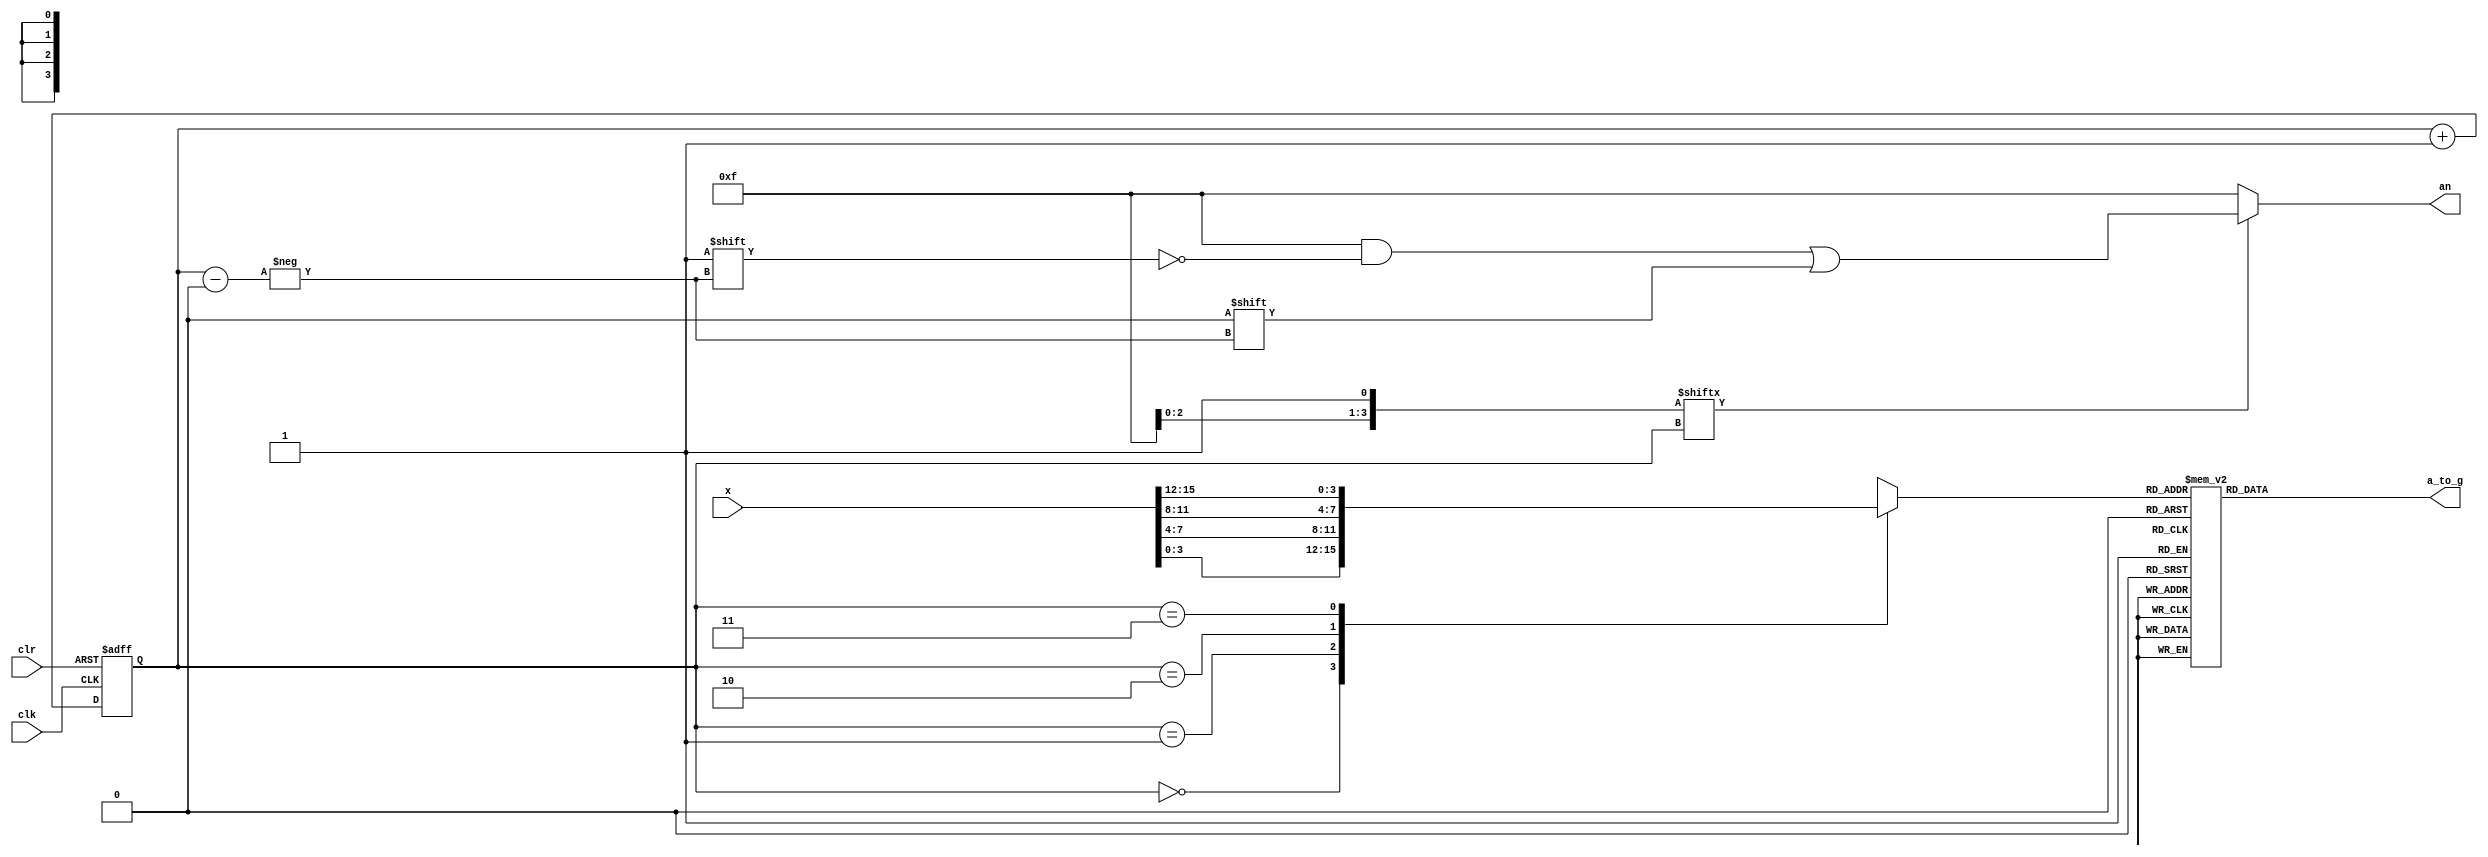
`timescale 1ns / 1ps
//////////////////////////////////////////////////////////////////////////////////
// Company: 
// Engineer: 
// 
// Design Name: 
// Module Name:    x7seg 
// Project Name: 
// Target Devices: 
// Tool versions: 
// Description: 
//
// Dependencies: 
//
// Revision: 
// Revision 0.01 - File Created
// Additional Comments: 
//
//////////////////////////////////////////////////////////////////////////////////
module x7seg(
    input wire [15:0] x,
    input wire clk,
    input wire clr,
    output reg[6:0] a_to_g,
    output reg[3:0] an
    );
    reg[1:0] s;
	 reg[3:0] digit;
	 wire[3:0] aen;

	always @(posedge clk or posedge clr)
		begin 
		    if(clr == 1)
			    s <=0;
			  else
			     s <= s + 1;
		end
	 
	 ////441mux44
	 always @(*)
	 case(s)
	     0: digit = x[3:0];
		  1: digit = x[7:4];
		  2: digit = x[11:8];
		  3: digit = x[15:12];
	 endcase
	 
	 ////7hex7seg
	 always @(*)
	 case(digit)
	   4'b0001: a_to_g= 7'b1111001;
		4'b0010: a_to_g= 7'b0100100;
		4'b0011: a_to_g= 7'b0110000;
		4'b0100: a_to_g= 7'b0011001;
		4'b0101: a_to_g= 7'b0010010;
		4'b0110: a_to_g= 7'b0000010;
		4'b0111: a_to_g= 7'b1111000;
		4'b1000: a_to_g= 7'b0000000;
		4'b1001: a_to_g= 7'b0010000;
		4'b1010: a_to_g= 7'b0001000;
		4'b1011: a_to_g= 7'b0000011;
		4'b1100: a_to_g= 7'b1000110;
		4'b1101: a_to_g= 7'b0100001;
		4'b1110: a_to_g= 7'b0000110;
		4'b1111: a_to_g= 7'b0001110;
		default: a_to_g= 7'b1000000;
	   endcase 
		////digit slect 
		always @(*)
		begin
         an = 4'b1111;
         if(aen[s] ==1)
             an[s] = 0;
      end
		////clock divider
		
endmodule